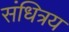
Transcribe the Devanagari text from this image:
संधित्रय